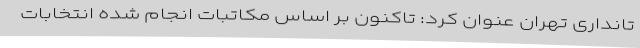
تانداری تهران عنوان کرد: تاکنون بر اساس مکاتبات انجام شده انتخابات